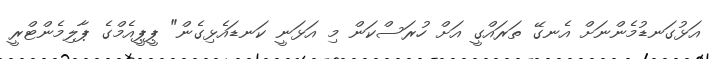
އަޅުގަނޑުމެންނަށް އެނގޭ ތަރައްގީ އަށް ހުރަސްކަން މި އަޅަނީ ކަނޑައެޅިގެން" ޕީޕީއެމްގެ ޕާލިމެންޓްރީ